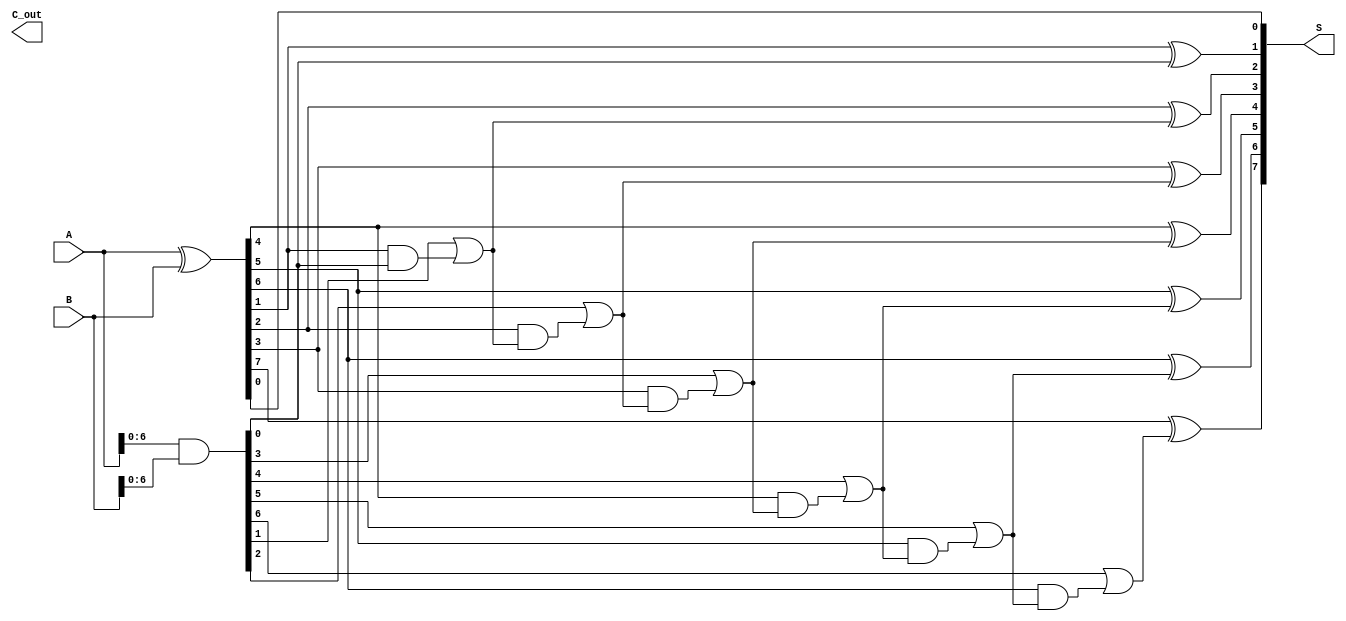
module parallel_prefix_adder #(
    parameter n = 8  // Width of the input and output
)(
    input [n-1:0] A, // First operand
    input [n-1:0] B, // Second operand
    output [n-1:0] S, // Sum output
    output C_out // Carry out
);

    // Generate and propagate signals
    wire [n-1:0] G; // Generate signals
    wire [n-1:0] P; // Propagate signals
    wire [n:0] C;   // Carry signals (C[0] to C[n])

    assign G = A & B;           // Generate
    assign P = A ^ B;           // Propagate
    assign C[0] = 1'b0;         // Initial carry is 0

    // Carry generation using prefix network (Kogge-Stone)
    genvar i, j;
    // Level 1
    for (i = 0; i < n-1; i = i + 1) begin
        assign C[i+1] = G[i] | (P[i] & C[i]);
    end

    // Final carry-out
    assign C_out = C[n];

    // Sum calculation
    for (i = 0; i < n; i = i + 1) begin
        assign S[i] = P[i] ^ C[i]; // Sum bits
    end

endmodule